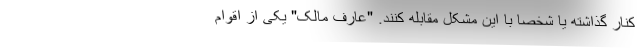
کنار گذاشته یا شخصا با این مشکل مقابله کنند. "عارف مالک" یکی از اقوام